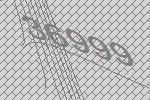
36999